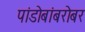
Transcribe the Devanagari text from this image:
पांडोबांबरोबर